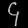
Digit: ၄